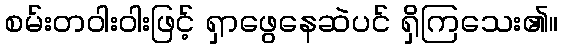
စမ်းတဝါးဝါးဖြင့် ရှာဖွေနေဆဲပင် ရှိကြသေး၏။